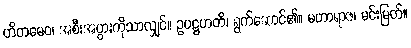
ဟိတမေဝ၊ အစီးအပွားကိုသာလျှင်။ ဥပဋ္ဌဟတိ၊ ရွက်ဆောင်၏။ မဟာရာဇ၊ မင်းမြတ်။